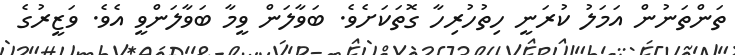
ތަންތަނުން އަމަލު ކުރަނީ ހިތުހުރިހާ ގޮތަކަށެވެ. ބަވާލަން ވީމާ ބަވާލަންވީ އެވެ. ވަޒީރުގެ